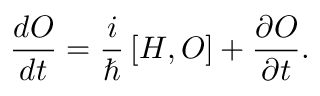
\frac { d { \cal O } } { d t } = \frac { i } { \hbar } \left[ { \cal H } , { \cal O } \right] + \frac { \partial { \cal O } } { \partial t } .